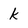
Character: k